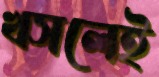
খসলেই